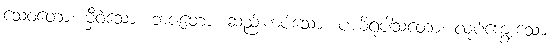
သေဝတော၊ မှီဝဲသော။ ဘဇတော၊ ဆည်းကပ်သော။ ပယိရုပါသတော၊ လုပ်ကျွေးသော။